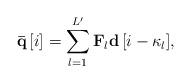
LaTeX: \begin{align*} {\bf{\bar q}}\left[ i \right] = \sum\limits_{l = 1}^{L'} {{{{\bf{F}}}_l}{\bf{d}}\left[ {i - {\kappa _l}} \right]}, \end{align*}